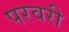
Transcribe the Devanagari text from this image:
परवरी